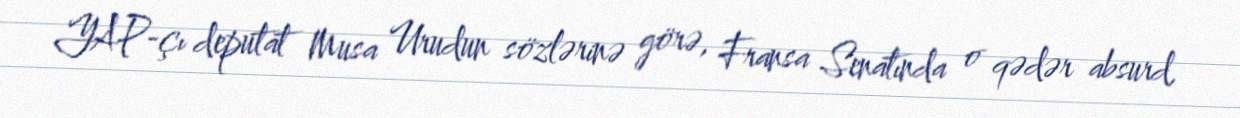
YAP-çı deputat Musa Urudun sözlərinə görə, Fransa Senatında o qədər absurd,